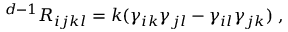
{ } ^ { d - 1 } R _ { i j k l } = k ( \gamma _ { i k } \gamma _ { j l } - \gamma _ { i l } \gamma _ { j k } ) \; ,